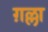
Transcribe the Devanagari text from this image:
ग़ल्ला